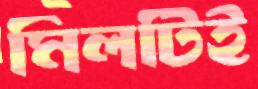
মিলটিই